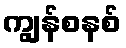
ကျွန်စနစ်